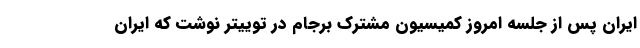
ایران پس از جلسه امروز کمیسیون مشترک برجام در توییتر نوشت که ایران